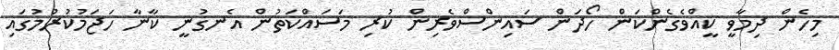
މިހެން ދިމާވީ ކީއްވެެގެންކަން ހޯދަން ސައިންސްވެެރިން ކުރި މަސައްކަތުން އެނގުނީ ކާނާ ހަޖަމުކުރުމުގައި